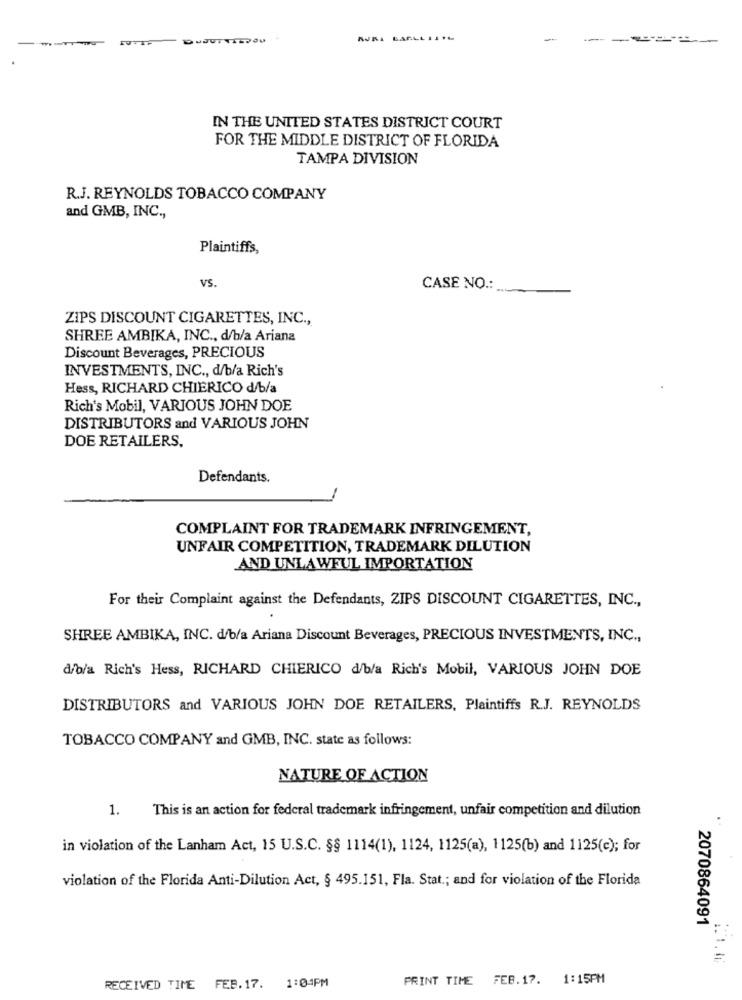
-
--------
IN THE UNITED STATES DISTRICT COURT
FOR THE MIDDLE DISTRICT OF FLORIDA
TAMPA DIVISION
R.J. REYNOLDS TOBACCO COMPANY
and GMB, INC .,
Plaintiffs,
VS.
CASE NO .:
ZIPS DISCOUNT CIGARETTES, INC .,
SHREE AMBIKA, INC ., d/b/a Ariana
Discount Beverages, PRECIOUS
INVESTMENTS, INC ., d/b/a Rich's
Hess, RICHARD CHIERICO d/b/a
Rich's Mobil, VARIOUS JOHN DOE
DISTRIBUTORS and VARIOUS JOHN
DOE RETAILERS.
Defendants.
COMPLAINT FOR TRADEMARK INFRINGEMENT,
UNFAIR COMPETITION, TRADEMARK DILUTION
AND UNLAWFUL IMPORTATION
For their Complaint against the Defendants, ZIPS DISCOUNT CIGARETTES, INC .,
SHREE AMBIKA, INC. d/b/a Ariana Discount Beverages, PRECIOUS INVESTMENTS, INC .,
d/b/a Rich's Hess, RICHARD CHIERICO d/b/a Rich's Mobil, VARIOUS JOHN DOE
DISTRIBUTORS and VARIOUS JOHN DOE RETAILERS, Plaintiffs R.J. REYNOLDS
TOBACCO COMPANY and GMB, INC. state as follows:
NATURE OF ACTION
1.
This is an action for federal trademark infringement, unfair competition and dilution
in violation of the Lanham Act, 15 U.S.C. §§ 1114(1), 1124, 1125(a), 1125(b) and 1125(c); for
violation of the Florida Anti-Dilution Act, § 495.151, Fla. Stat .; and for violation of the Florida
2070864091
1:04PM
PRINT TIME FEB.17. 1:15PM
RECEIVED TIME FEB.17.